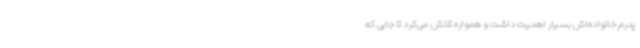
پدرم خانواده‌اش بسیار اهمیت داشت و همواره تلاش می‌کرد تا جایی که